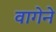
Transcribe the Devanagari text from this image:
वागेने